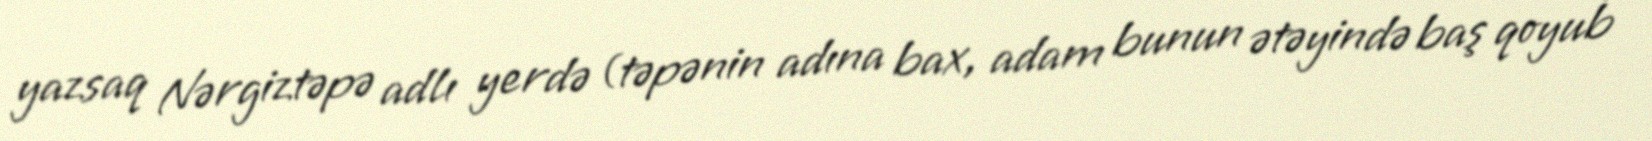
yazsaq Nərgiztəpə adlı yerdə (təpənin adına bax, adam bunun ətəyində baş qoyub